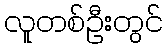
လူတစ်ဦးတွင်